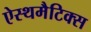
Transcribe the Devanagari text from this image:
ऐस्थमैटिक्स